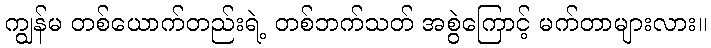
ကျွန်မ တစ်ယောက်တည်းရဲ့ တစ်ဘက်သတ် အစွဲကြောင့် မက်တာများလား။